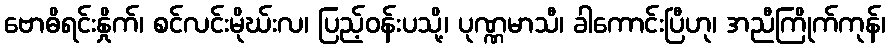
ဗောဓိရင်းနှိုက်၊ စင်လင်းမိုဃ်းလ၊ ပြည့်ဝန်းပသို့၊ ပုဏ္ဏမာသီ၊ ခါကောင်းပြီဟု၊ အညီကြိုက်ကုန်၊